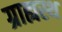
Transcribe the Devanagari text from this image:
ग्राह्यस्थ